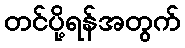
တင်ပို့ရန်အတွက်